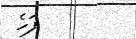
ފަހެ